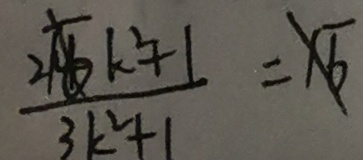
\frac { 2 \sqrt { 6 } k ^ { 2 } + 1 } { 3 k ^ { 2 } + 1 } = \sqrt { 6 }